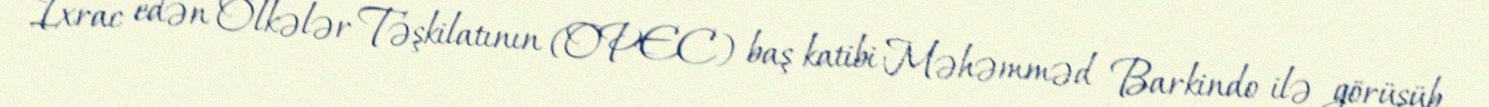
İxrac edən Ölkələr Təşkilatının (OPEC) baş katibi Məhəmməd Barkindo ilə görüşüb.